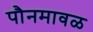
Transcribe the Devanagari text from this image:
पौनमावळ